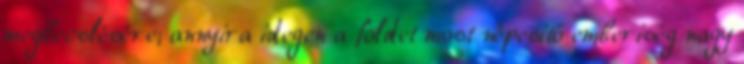
megbecslésére; annyira idegen a földet most népesítő emberiség nagy